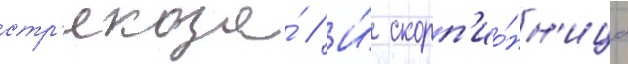
стр'екоза́ // И́ скорп'ио́нн'ица